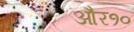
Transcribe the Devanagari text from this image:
और१०